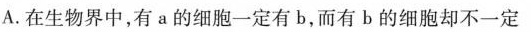
A.在生物界中，有a的细胞一定有b，而有b的细胞却不一定